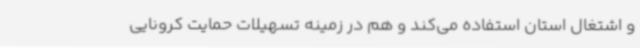
و اشتغال استان استفاده می‌کند و هم در زمینه تسهیلات حمایت کرونایی